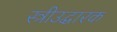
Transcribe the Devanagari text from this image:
स्त्रीउद्धारक